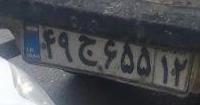
۴۹ج۶۵۵۱۲